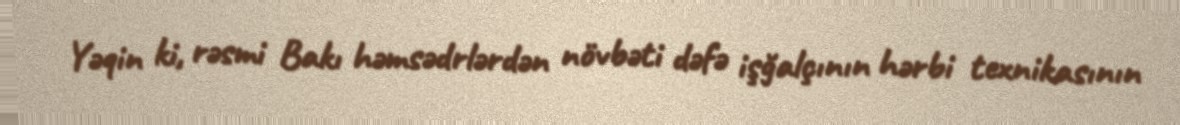
Yəqin ki, rəsmi Bakı həmsədrlərdən növbəti dəfə işğalçının hərbi texnikasının